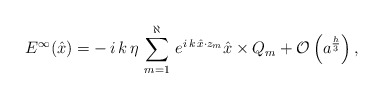
\begin{align*}E^\infty(\hat{x}) = - \, i \, k \, \eta \, \sum_{m=1}^{\aleph} \, e^{i \, k \, \hat{x} \cdot z_{m}} \hat{x}\times Q_m+\mathcal{O}\left(a^{\frac{h}{3}}\right),\end{align*}